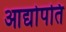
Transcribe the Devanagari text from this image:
आद्योपति